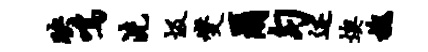
映鸣洗圾燮尔匀述燠槐